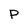
Character: p